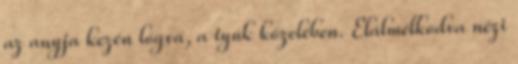
az anyja kezén lógva, a tyúk közelében. Elálmélkodva nézi